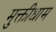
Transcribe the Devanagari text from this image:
मुक्तीधाम